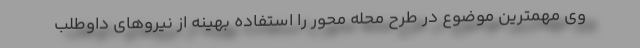
وی مهمترین موضوع در طرح محله محور را استفاده بهینه از نیروهای داوطلب